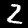
Label: 2